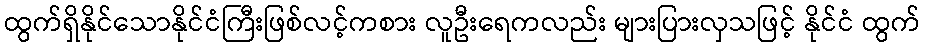
ထွက်ရှိနိုင်သောနိုင်ငံကြီးဖြစ်လင့်ကစား လူဦးရေကလည်း များပြားလှသဖြင့် နိုင်ငံ ထွက်